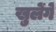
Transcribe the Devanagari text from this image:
खुलेंगे